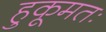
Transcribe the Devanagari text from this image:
हुकूमतः